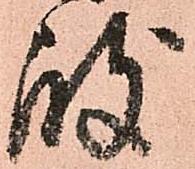
岐